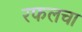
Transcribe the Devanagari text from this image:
रफलचा